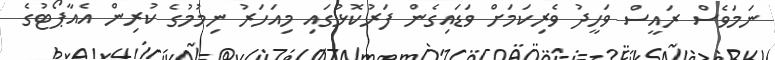
ނަމަވެސް ރައީސް ވަހީދު ވެރިކަމަށް ވަޑައިގެން ފަރުކޮޅުގައި މިއަހަރު ނިމުމުގެ ކުރިން އެއާޕޯޓުގެ